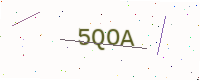
Text: 5QOA